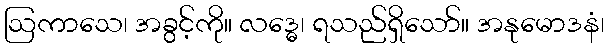
ဩကာသေ၊ အခွင့်ကို။ လဒ္ဓေ၊ ရသည်ရှိသော်။ အနုမောဒနံ၊